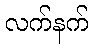
လက်နက်